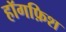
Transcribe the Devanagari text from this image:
हॉगफ़िश